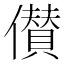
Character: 儧